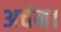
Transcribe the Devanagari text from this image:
अर्चन।